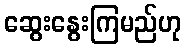
ဆွေးနွေးကြမည်ဟု